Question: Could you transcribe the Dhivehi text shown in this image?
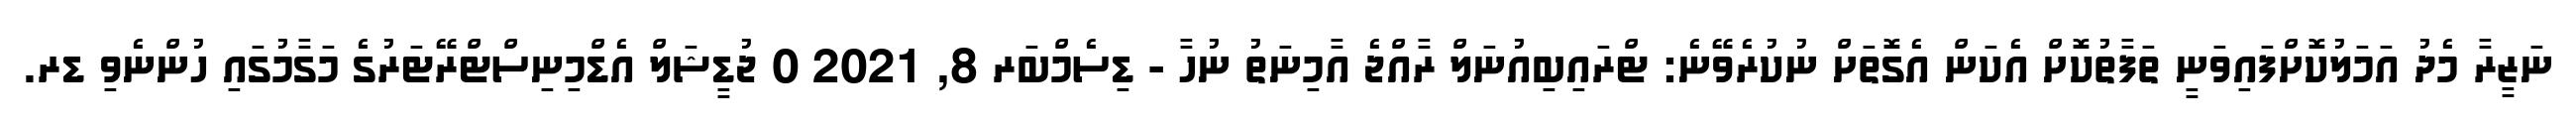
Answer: ނަޒީރާ މެދު އަމަލުކޮށްފައިވަނީ ތަފާތުކޮށް އެކަން އެގޮތަށް ނުކުރެވޭނެ: ޓްރައިބިއުނަލް ރާއްޖެ އާމިނަތު ނުހާ - ޑިސެމްބަރ 8, 2021 0 ޖުޑީޝަލް އެޑްމިނިސްޓްރޭޓަރުގެ މަގާމުގައި ހުންނެވި ޑރ.